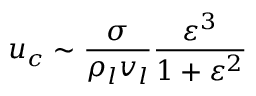
{ u _ { c } } \sim \frac { \sigma } { { { \rho _ { l } } { v _ { l } } } } \frac { { { \varepsilon ^ { 3 } } } } { { 1 + { \varepsilon ^ { 2 } } } }